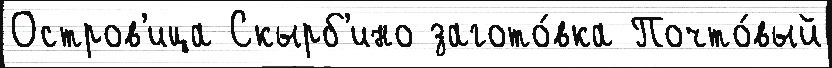
Остров'ица Скырб'ино загото́вка Почто́вый